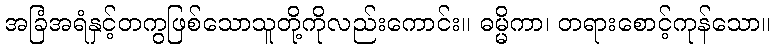
အခြံအရံနှင့်တကွဖြစ်သောသူတို့ကိုလည်းကောင်း။ ဓမ္မိကာ၊ တရားစောင့်ကုန်သော။